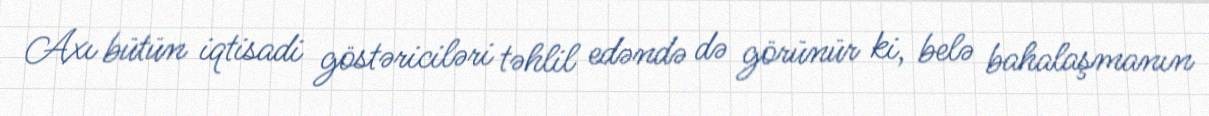
Axı bütün iqtisadi göstəriciləri təhlil edəndə də görünür ki, belə bahalaşmanın